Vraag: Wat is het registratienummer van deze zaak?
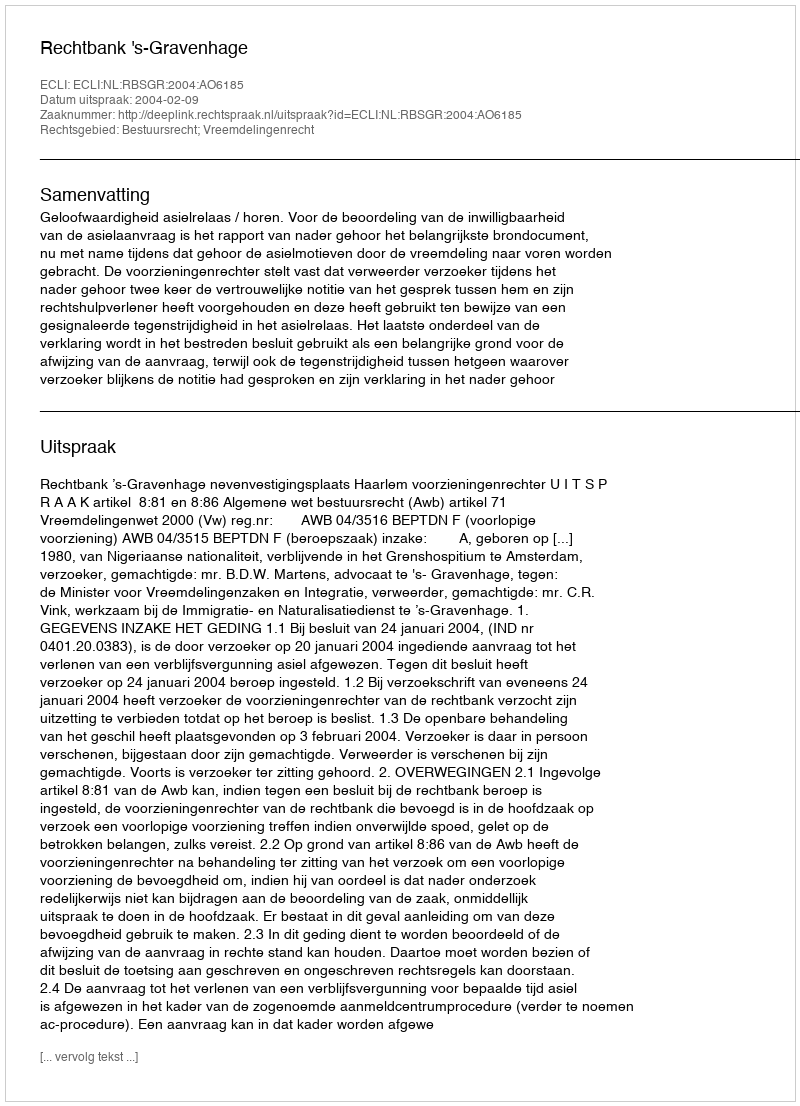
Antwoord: http://deeplink.rechtspraak.nl/uitspraak?id=ECLI:NL:RBSGR:2004:AO6185